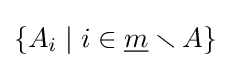
\{A_{i}\mid i\in {\underline {m}}\smallsetminus A\}